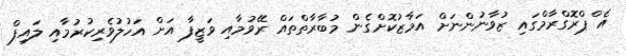
އެ ްޕްރޮގްރާމްގައި ޒުވާނުންނަށް އަމާޒުކޮށްގެން މުބާރާތްތައް ރޭވުމާއި ވަޒީފާ އަށް އަހުލުވެރިކުރުމާއި ލައިފް